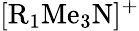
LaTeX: \mathrm{[R_{1}Me_{3}N]^{+}}